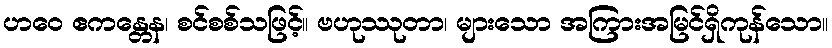
ဟဝေ ဧကန္တေန၊ စင်စစ်သဖြင့်။ ဗဟုဿုတာ၊ များသော အကြားအမြင်ရှိကုန်သော။